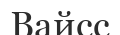
Вайсс